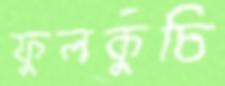
ফুলকুচি